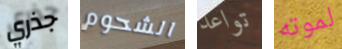
جذري الشحوم تواعد لموته